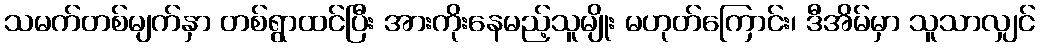
သမက်တစ်မျက်နှာ တစ်ရွာထင်ပြီး အားကိုးနေမည့်သူမျိုး မဟုတ်ကြောင်း၊ ဒီအိမ်မှာ သူသာလျှင်